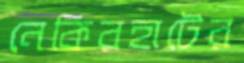
নেকিরহাটের